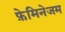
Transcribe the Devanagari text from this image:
फ़ेमिनेजम